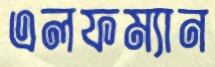
এলফম্যান